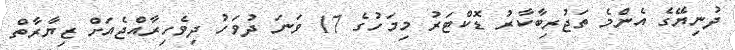
ދުނިޔޭގެ އެންމެ ތަޖުރިބާކާރު ޑޮކްޓަރު މިމަހުގެ 17 ވަނަ ދުވަހު ދިވެހިރާއްޖެއަށް ޒިޔާރާތް